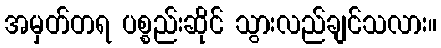
အမှတ်တရ ပစ္စည်းဆိုင် သွားလည်ချင်သလား။